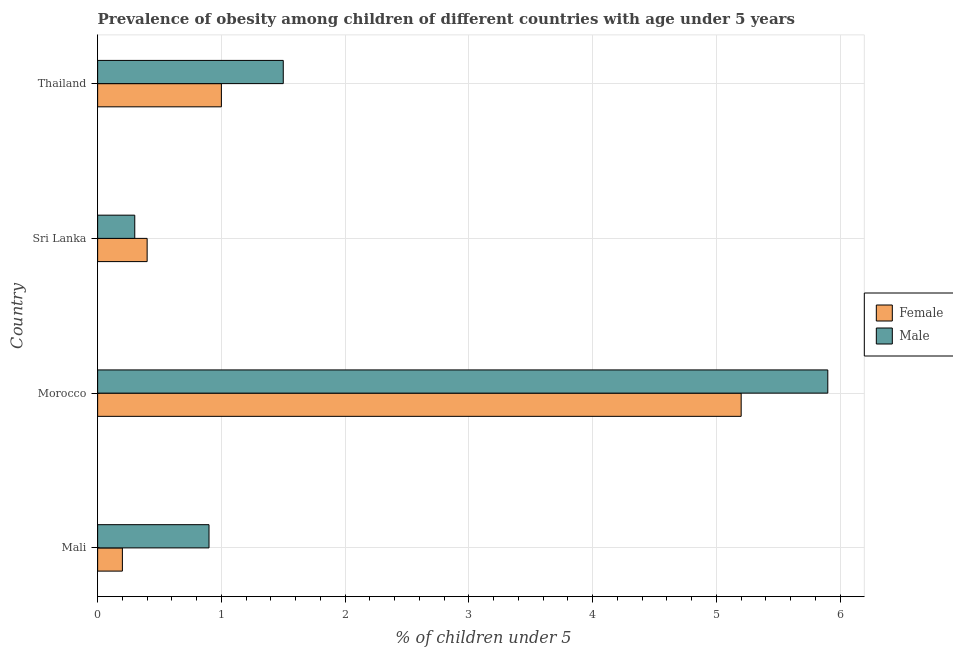
| Country | Female | Male |
 | --- | --- | --- |
 | Mali | 0.2 | 0.9 |
 | Morocco | 5.2 | 5.9 |
 | Sri Lanka | 0.4 | 0.3 |
 | Thailand | 1 | 1.5 |